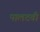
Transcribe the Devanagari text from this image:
पालटवी